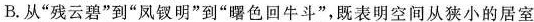
B.从”残云碧”到”凤钗明”到”曙色回牛斗”，既表明空间从狭小的居室